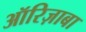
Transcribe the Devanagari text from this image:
ऑरिज़ाबा